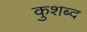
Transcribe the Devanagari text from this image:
कुशब्द